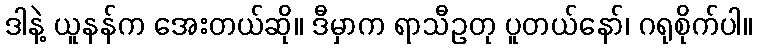
ဒါနဲ့ ယူနန်က အေးတယ်ဆို။ ဒီမှာက ရာသီဥတု ပူတယ်နော်၊ ဂရုစိုက်ပါ။